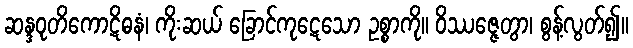
ဆန္ဒဝုတိကောဋိဓနံ၊ ကိုးဆယ် ခြောင်ကုဋေသော ဥစ္စာကို။ ဝိဿဇ္ဇေတွာ၊ စွန့်လွတ်၍။